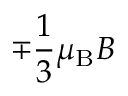
\mp { \frac { 1 } { 3 } } \mu _ { \mathrm { { B } } } B